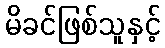
မိခင်ဖြစ်သူနှင့်